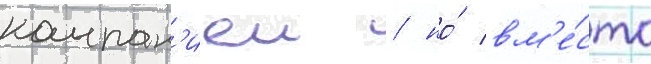
компан'иеи / но́ вм'е́сто